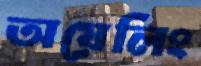
অয়েলিং